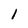
Character: 1